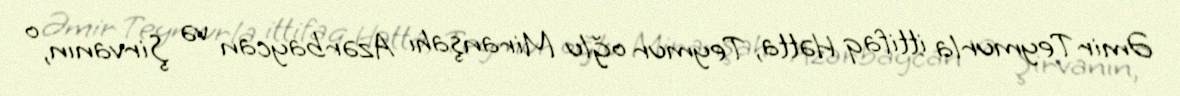
Əmir Teymurla ittifaq Hətta, Teymur oğlu Miranşahı Azərbaycan və Şirvanın, o